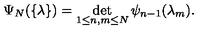
\Psi _ { N } ( \{ \lambda \} ) = \det _ { 1 \leq n , m \leq N } \psi _ { n - 1 } ( \lambda _ { m } ) .